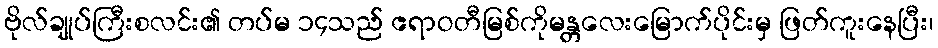
ဗိုလ်ချုပ်ကြီးစလင်း၏ တပ်မ ၁၄သည် ဧရာဝတီမြစ်ကိုမန္တလေးမြောက်ပိုင်းမှ ဖြတ်ကူးနေပြီး၊